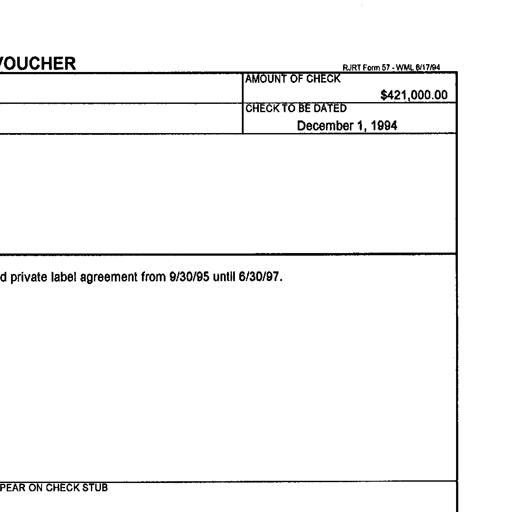
Transcript:
VOUCHER RJRT Form 57 - WML 6/17/94
AMOUNT OF CHECK
$421,000.00
CHECK TO BE DATED
December 1, 1994
private label agreement from 9/30/95 until 6/30/97.
PEAR ON CHECK STUB